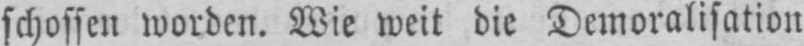
schossen worden. Wie weit die Demoralisation